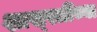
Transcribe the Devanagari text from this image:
शास्स्त्रींच्या